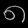
Digit: ၈